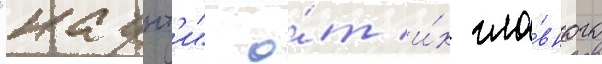
"каунт'и" о́т и́х гла́вного